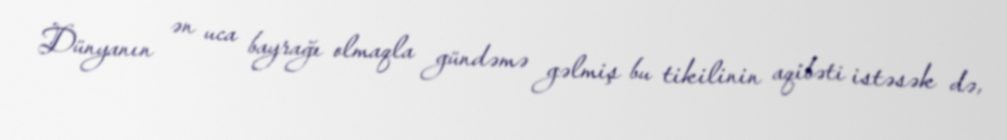
Dünyanın ən uca bayrağı olmaqla gündəmə gəlmiş bu tikilinin aqibəti istəsək də,